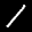
Label: 1